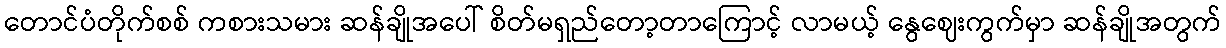
တောင်ပံတိုက်စစ် ကစားသမား ဆန်ချိုအပေါ် စိတ်မရှည်တော့တာကြောင့် လာမယ့် နွေဈေးကွက်မှာ ဆန်ချိုအတွက်